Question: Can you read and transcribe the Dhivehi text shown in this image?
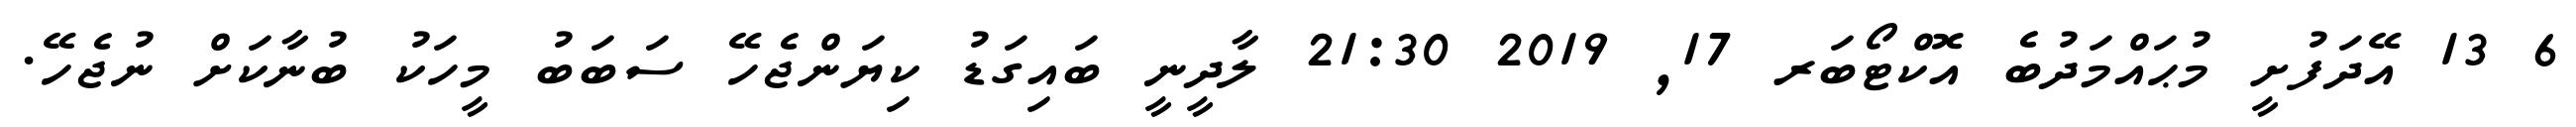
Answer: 6 13 އޭދަފުށީ މުޙައްމަދުބެ އޮކްޓޯބަރ 17, 2019 21:30 ލާދީނީ ބައިގަޑު ކިޔަންޖެހޭ ސަބަބު މީހަކު ބުނާކަށް ނުޖެހޭ.